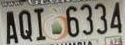
AQI 6334